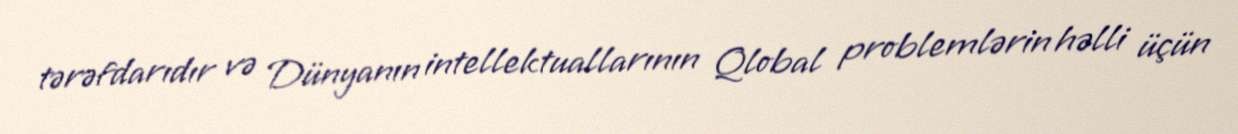
tərəfdarıdır və Dünyanın intellektuallarının Qlobal problemlərin həlli üçün